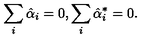
\sum _ { i } \hat { \alpha } _ { i } = 0 , \sum _ { i } \hat { \alpha } _ { i } ^ { * } = 0 .